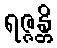
ရဇ္ဇန္တိ